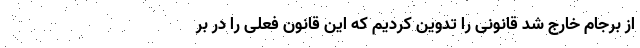
از برجام خارج شد قانونی را تدوین کردیم که این قانون فعلی را در بر